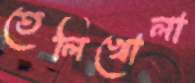
তেলিখোলা